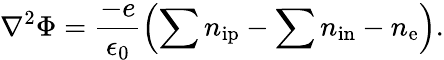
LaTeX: \nabla^{2}\Phi=\frac{-e}{\epsilon_{0}}\left(\sum{n_{\mathrm{ip}}}-\sum{n_{\mathrm{in}}}-n_{\mathrm{e}}\right).